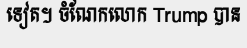
ទៀត។ ចំណែកលោក Trump បាន